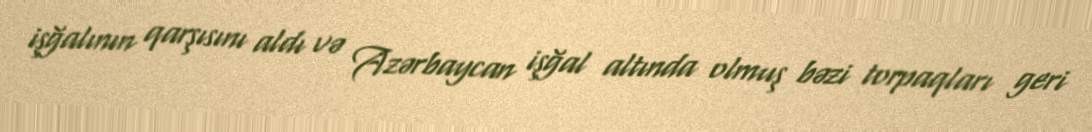
işğalının qarşısını aldı və Azərbaycan işğal altında olmuş bəzi torpaqları geri